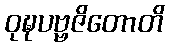
ဝုဍ္ဎပဗ္ဗဇိတောတိ